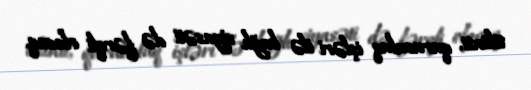
tikinti, quruculuq işləri ilə bağlı siyasəti də fərqli olacaq.